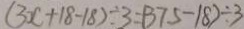
( 3 x + 1 8 - 1 8 ) \div 3 = ( 3 7 5 - 1 8 ) \div 3